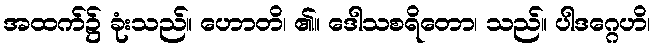
အထက်၌ ခုံးသည်။ ဟောတိ၊ ၏။ ဒေါသစရိတော၊ သည်။ ပါဒဂ္ဂေဟိ၊